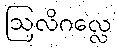
ဩလိဂလ္လေ